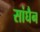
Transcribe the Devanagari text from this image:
सांघैन